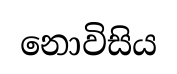
නොවිසිය